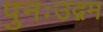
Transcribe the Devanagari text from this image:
पुनःउद्गम